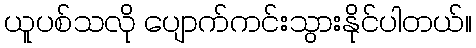
ယူပစ်သလို ပျောက်ကင်းသွားနိုင်ပါတယ်။